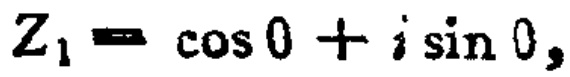
$Z_{1}=\cos 0 + i\sin 0,$